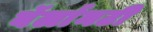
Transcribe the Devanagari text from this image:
बॅर्लानटी